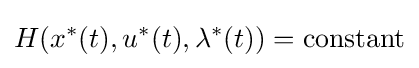
H(x^{*}(t),u^{*}(t),\lambda ^{*}(t))=\mathrm {constant}